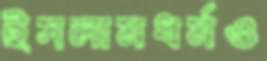
ইসলামধর্মও